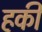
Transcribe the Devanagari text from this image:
हकी